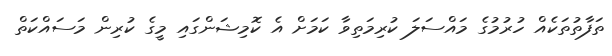
ތަފާތުތަކެއް ހުރުމުގެ މައްސަލަ ކުރިމަތިވާ ކަމަށް އެ ކޮމިޝަންގައި މީގެ ކުރިން މަސައްކަތް